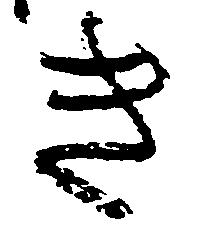
き